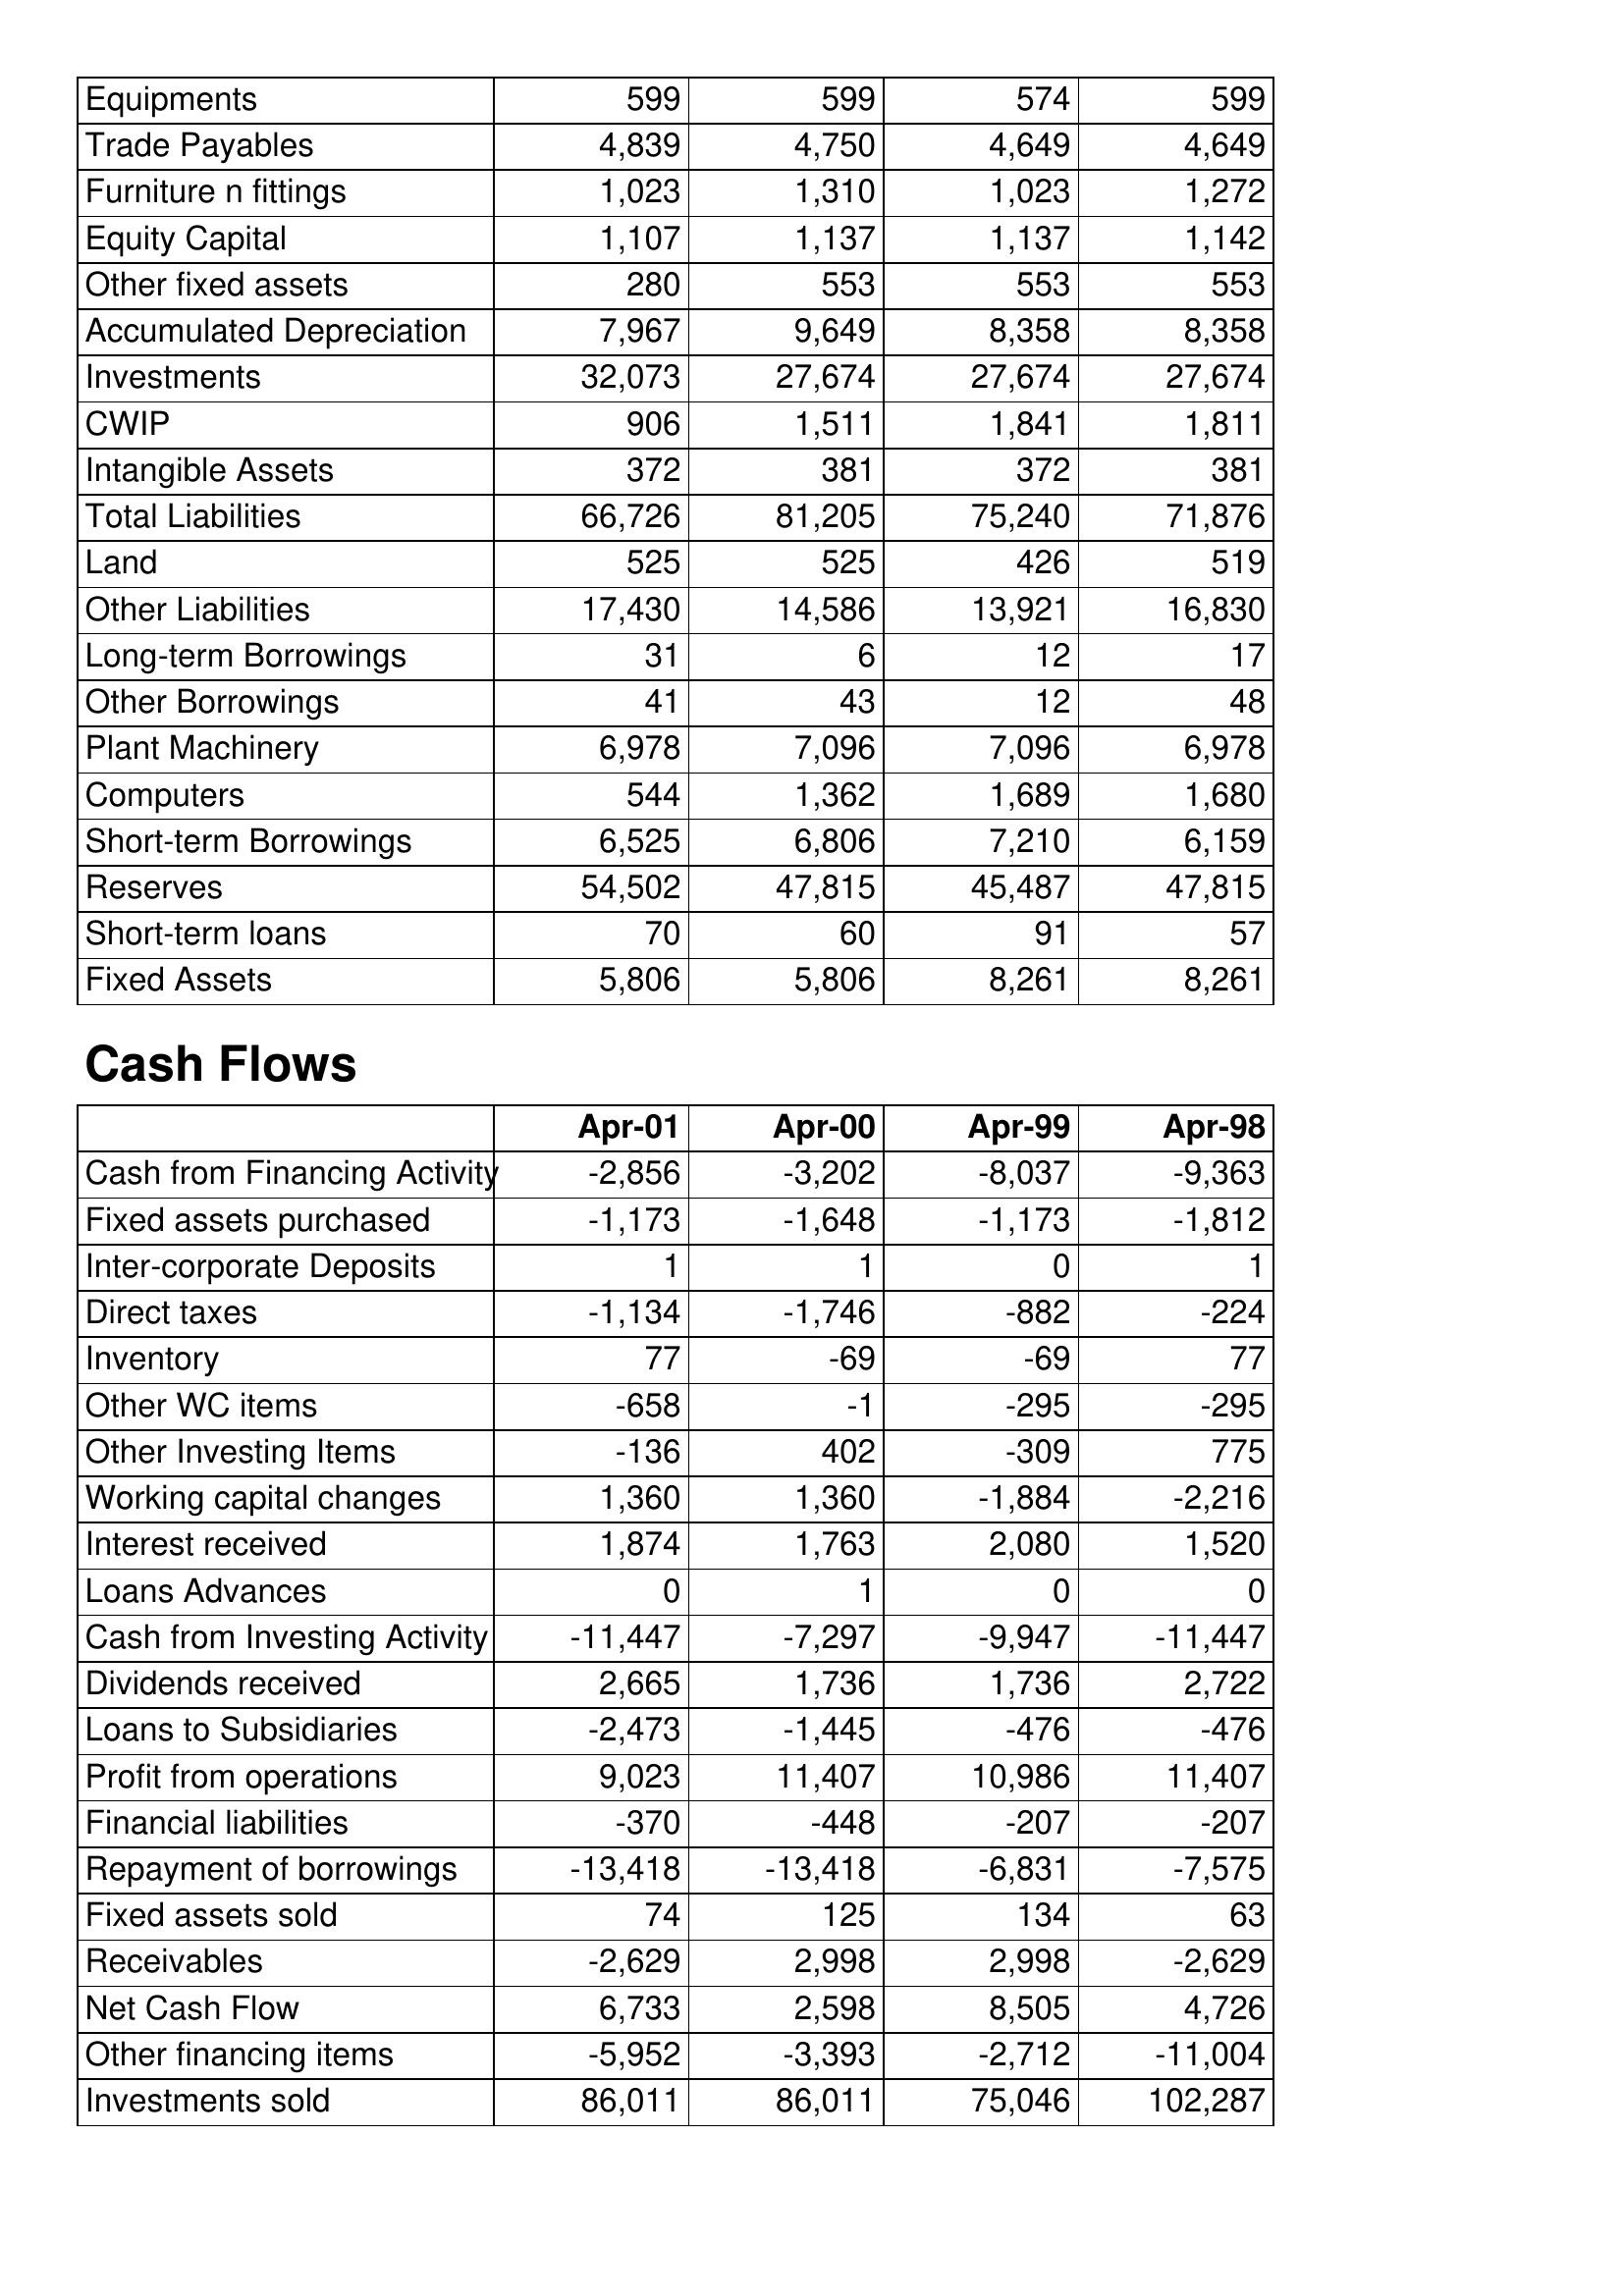
Apr-01: Balance Sheet: Equipments: 599
Trade Payables: 4,839
Furniture n fittings: 1,023
Equity Capital: 1,107
Other fixed assets: 280
Accumulated Depreciation: 7,967
Investments: 32,073
CWIP: 906
Intangible Assets: 372
Total Liabilities: 66,726
Land: 525
Other Liabilities: 17,430
Long-term Borrowings: 31
Other Borrowings: 41
Plant Machinery: 6,978
Computers: 544
Short-term Borrowings: 6,525
Reserves: 54,502
Short-term loans: 70
Fixed Assets: 5,806
Cash Flows: Cash from Financing Activity: -2,856
Fixed assets purchased: -1,173
Inter-corporate Deposits: 1
Direct taxes: -1,134
Inventory: 77
Other WC items: -658
Other Investing Items: -136
Working capital changes: 1,360
Interest received: 1,874
Loans Advances: 0
Cash from Investing Activity: -11,447
Dividends received: 2,665
Loans to Subsidiaries: -2,473
Profit from operations: 9,023
Financial liabilities: -370
Repayment of borrowings: -13,418
Fixed assets sold: 74
Receivables: -2,629
Net Cash Flow: 6,733
Other financing items: -5,952
Investments sold: 86,011
Apr-00: Balance Sheet: Equipments: 599
Trade Payables: 4,750
Furniture n fittings: 1,310
Equity Capital: 1,137
Other fixed assets: 553
Accumulated Depreciation: 9,649
Investments: 27,674
CWIP: 1,511
Intangible Assets: 381
Total Liabilities: 81,205
Land: 525
Other Liabilities: 14,586
Long-term Borrowings: 6
Other Borrowings: 43
Plant Machinery: 7,096
Computers: 1,362
Short-term Borrowings: 6,806
Reserves: 47,815
Short-term loans: 60
Fixed Assets: 5,806
Cash Flows: Cash from Financing Activity: -3,202
Fixed assets purchased: -1,648
Inter-corporate Deposits: 1
Direct taxes: -1,746
Inventory: -69
Other WC items: -1
Other Investing Items: 402
Working capital changes: 1,360
Interest received: 1,763
Loans Advances: 1
Cash from Investing Activity: -7,297
Dividends received: 1,736
Loans to Subsidiaries: -1,445
Profit from operations: 11,407
Financial liabilities: -448
Repayment of borrowings: -13,418
Fixed assets sold: 125
Receivables: 2,998
Net Cash Flow: 2,598
Other financing items: -3,393
Investments sold: 86,011
Apr-99: Balance Sheet: Equipments: 574
Trade Payables: 4,649
Furniture n fittings: 1,023
Equity Capital: 1,137
Other fixed assets: 553
Accumulated Depreciation: 8,358
Investments: 27,674
CWIP: 1,841
Intangible Assets: 372
Total Liabilities: 75,240
Land: 426
Other Liabilities: 13,921
Long-term Borrowings: 12
Other Borrowings: 12
Plant Machinery: 7,096
Computers: 1,689
Short-term Borrowings: 7,210
Reserves: 45,487
Short-term loans: 91
Fixed Assets: 8,261
Cash Flows: Cash from Financing Activity: -8,037
Fixed assets purchased: -1,173
Inter-corporate Deposits: 0
Direct taxes: -882
Inventory: -69
Other WC items: -295
Other Investing Items: -309
Working capital changes: -1,884
Interest received: 2,080
Loans Advances: 0
Cash from Investing Activity: -9,947
Dividends received: 1,736
Loans to Subsidiaries: -476
Profit from operations: 10,986
Financial liabilities: -207
Repayment of borrowings: -6,831
Fixed assets sold: 134
Receivables: 2,998
Net Cash Flow: 8,505
Other financing items: -2,712
Investments sold: 75,046
Apr-98: Balance Sheet: Equipments: 599
Trade Payables: 4,649
Furniture n fittings: 1,272
Equity Capital: 1,142
Other fixed assets: 553
Accumulated Depreciation: 8,358
Investments: 27,674
CWIP: 1,811
Intangible Assets: 381
Total Liabilities: 71,876
Land: 519
Other Liabilities: 16,830
Long-term Borrowings: 17
Other Borrowings: 48
Plant Machinery: 6,978
Computers: 1,680
Short-term Borrowings: 6,159
Reserves: 47,815
Short-term loans: 57
Fixed Assets: 8,261
Cash Flows: Cash from Financing Activity: -9,363
Fixed assets purchased: -1,812
Inter-corporate Deposits: 1
Direct taxes: -224
Inventory: 77
Other WC items: -295
Other Investing Items: 775
Working capital changes: -2,216
Interest received: 1,520
Loans Advances: 0
Cash from Investing Activity: -11,447
Dividends received: 2,722
Loans to Subsidiaries: -476
Profit from operations: 11,407
Financial liabilities: -207
Repayment of borrowings: -7,575
Fixed assets sold: 63
Receivables: -2,629
Net Cash Flow: 4,726
Other financing items: -11,004
Investments sold: 102,287